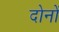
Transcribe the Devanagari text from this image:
दोनों